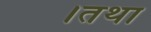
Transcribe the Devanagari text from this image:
।तथा